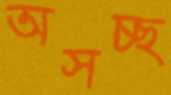
অসচ্ছ